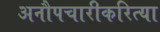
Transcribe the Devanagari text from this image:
अनौपचारीकरित्या